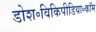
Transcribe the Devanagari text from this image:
डोश॰विकिपीडिया॰कॉम